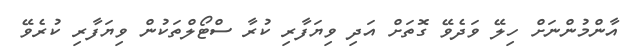
އާންމުންނަށް ހިލޭ ވަދެވޭ ގޮތަށް އަދި ވިޔަފާރި ކުރާ ސްޓޯލްތަކުން ވިޔަފާރި ކުރެވޭ